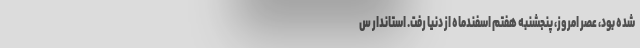
شده بود، عصر امروز، پنجشنبه هفتم اسفندماه از دنیا رفت. استاندار س